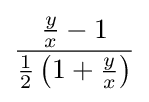
{\frac {{\frac {y}{x}}-1}{{\frac {1}{2}}\left(1+{\frac {y}{x}}\right)}}